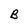
Character: B